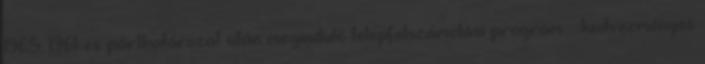
1965: 1961-es párthatározat után meginduló telepfelszámolási program  kedvezményes